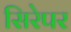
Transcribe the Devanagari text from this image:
सिरेपर